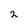
Character: 2